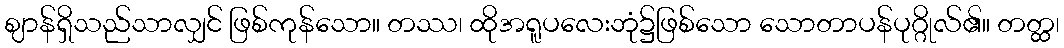
ဈာန်ရှိသည်သာလျှင် ဖြစ်ကုန်သော။ တဿ၊ ထိုအရူပလေးဘုံ၌ဖြစ်သော သောတာပန်ပုဂ္ဂိုလ်၏။ တတ္ထ၊